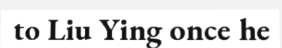
to Liu Ying once he